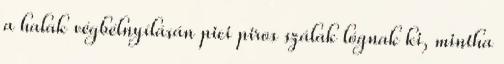
a halak végbélnyílásán pici piros szálak lógnak ki, mintha